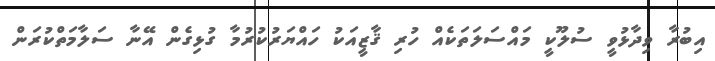
އިބުރާ ވިދާޅުވީ ސުލޫކީ މައްސަލަތަކެއް ހުރި ޤާޒީއަކު ހައްޔަރުކުރުމާ ގުޅިގެން އޭނާ ސަލާމަތްކުރަން